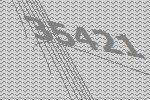
35421